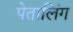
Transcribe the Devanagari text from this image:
पेतालिंग